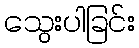
သွေးပါခြင်း